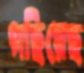
গছিয়েছ